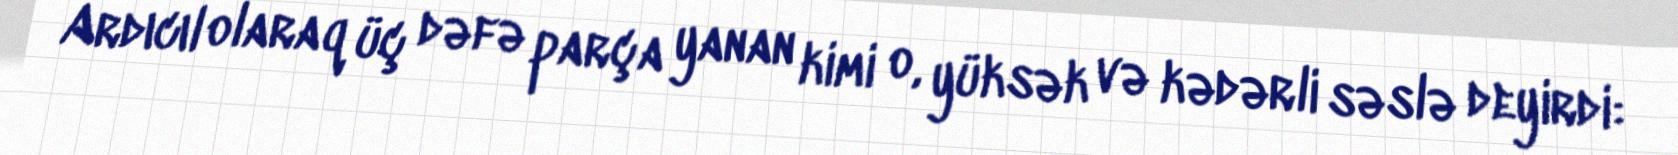
Ardıcıl olaraq üç dəfə parça yanan kimi o, yüksək və kədərli səslə deyirdi: